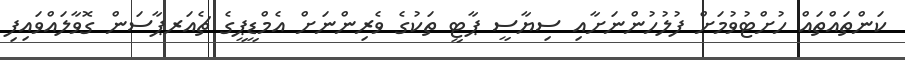
ކަންތައްތައް ހުށްޓުވުމަށް ފުލުހުންނަށާއި ސިޔާސީ ޕާޓީ ތަކުގެ ވެރިންނަށް އެމްޑީޕީގެ ޗެއަރޕާސަން ގޮވާލައްވައިފި